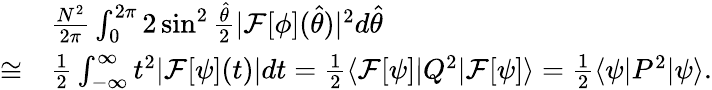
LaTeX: \begin{array}{rl}&{\frac{N^{2}}{2\pi}\int_{0}^{2\pi}2\sin^{2}\frac{\hat{\theta}}{2}|{\cal F}[\phi](\hat{\theta})|^{2}d\hat{\theta}}\\ {\cong}&{\frac{1}{2}\int_{-\infty}^{\infty}t^{2}|{\cal F}[\psi](t)|dt=\frac{1}{2}\langle{\cal F}[\psi]|Q^{2}|{\cal F}[\psi]\rangle=\frac{1}{2}\langle\psi|P^{2}|\psi\rangle.}\end{array}